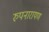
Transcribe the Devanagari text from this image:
रुपनारायण